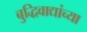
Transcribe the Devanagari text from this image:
बुद्धिवाद्यांच्या